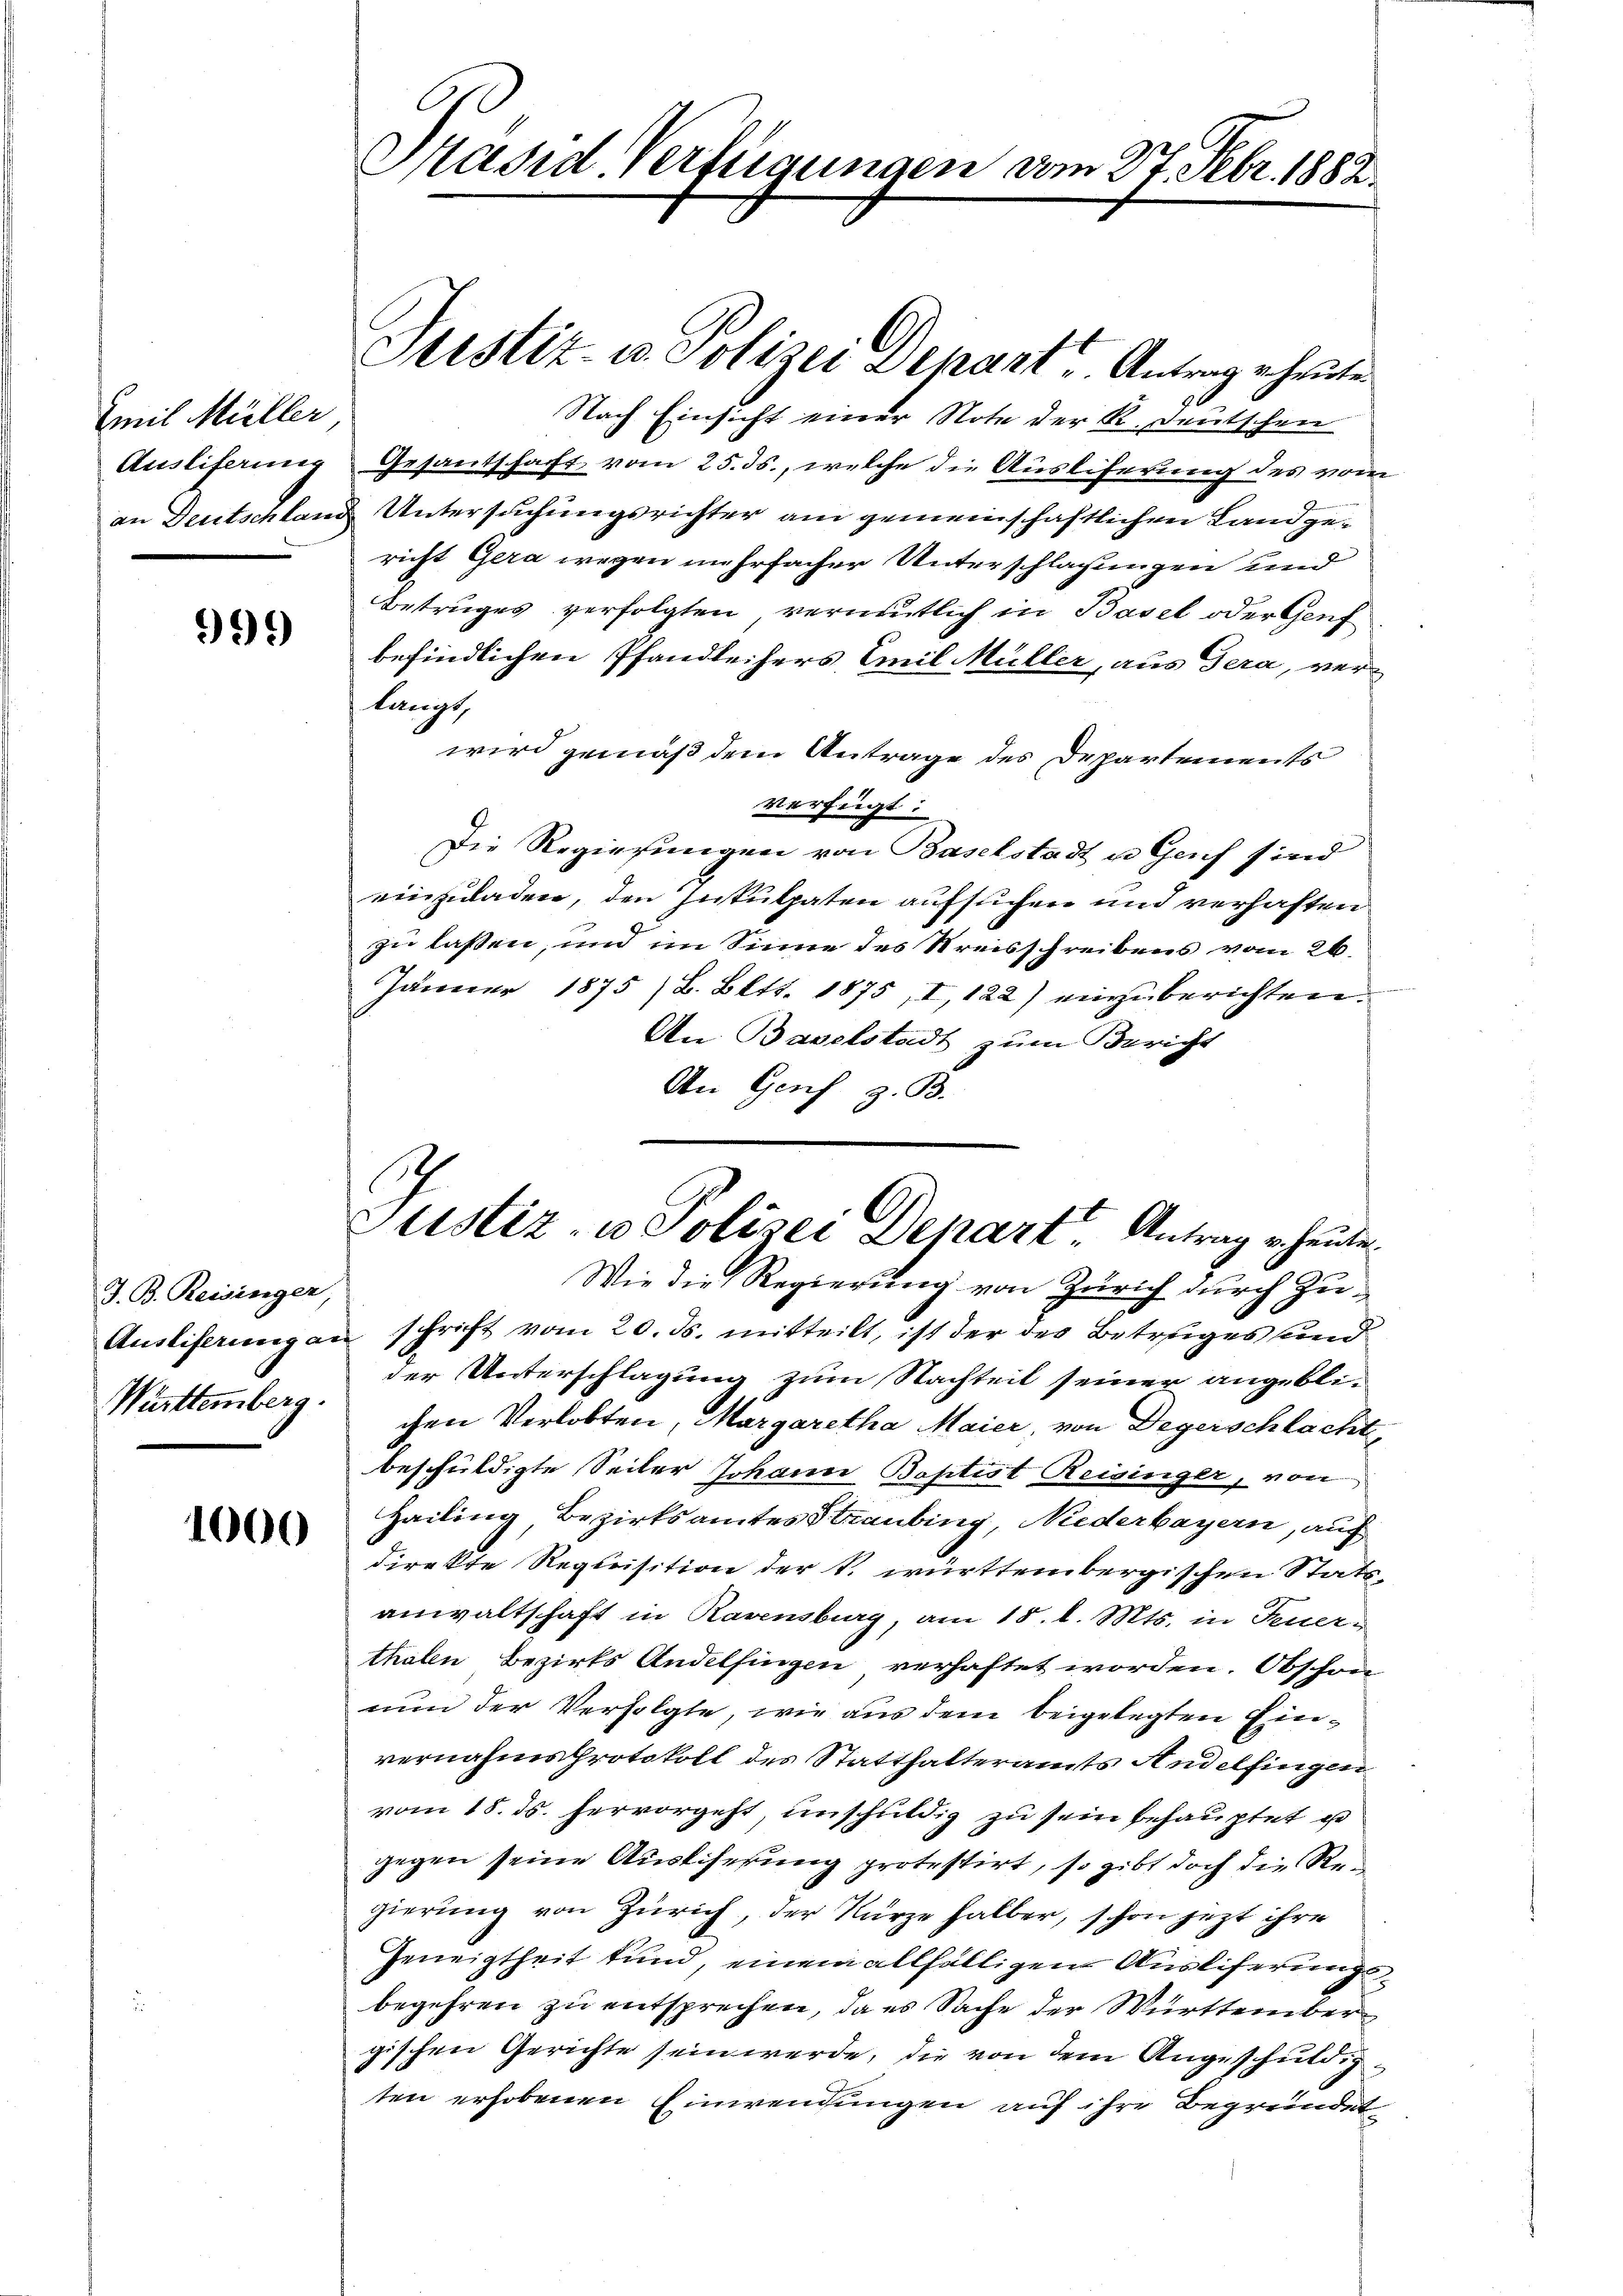
Emil Müller
Auslifermer

99.)

J. B. Reisinger,
Württemberg.

1000

Präsid. Verfügungen vom 27. Febr. 1882.

Sistiz- u. Polizei Depart. Antrag er heute.
86
Nach Einsicht einer Note der K. Deutschen
Gesantschaft vom 25. ds., welche die Ausliferung des vom
an Deutschland Untersuchungsrichter am gemeinschaftlichen Land zuricht Gera wegen mehrfacher Unterschlagungen und
Betruges verfolgten vermutlich in Basel oder Genf
befindlichen Pfandleihers Emil Müller, aus Gera, verlangt,
wird gemäß dem Antrage des Departements
verfügt:
Die Regierungen von Baselstadt u. Genf sind
einzuladen, den Inkulpaten aufsuchen und verhaften
zu lassen, und im Sinne des Kreisschreibens vom 26.
Jänner 1875 /B. Bett. 1875, I 122) einzuberichten.
An Baselstadt zum Bericht
An Genf z. B.
Wie die Regierung von Zürich durch Zu¬
Ausliferung an schrift vom 20. ds. mitteilt, ist der des Betruges und
der Unterschlagung zum Nachteil seiner angeblichen Verlobten, Margaretha Maier, von Degerschlacht
beschuldigte Seiter Johann Baptist Reisinger, von
Hailing, Bezirksamtes Staubing, Niederbayern, auf
direkte Requisition der k. württembergischen Statsanwaltschaft in Ravensburg, am 18. d. Mts. in Feuerthalen Bezirks Andelfingen verhaftet worden. Obschon
nun der Verfolgte, wie aus dem beigelegten Einvernahmsprotokoll des Statthalteramts Andelfingen
vom 18. ds. hervorgeht, unschuldig zu sein behauptet et
gegen seine Ausliserung protestirt, so gibt doch die Regierung von Zürich, der Kürze halber, schon jezt ihre
Geneigtheit tund, einem allfälligen Ausliferungsbegehren zu entsprechen, da es Sache der Württember
wisc
hen Gerichte sein werde, die von dem Angeschuldig¬
.
ten erhobenen Einwendungen auf ihre Begründet

Justiz- u Polizei Depart, Antrag heute.